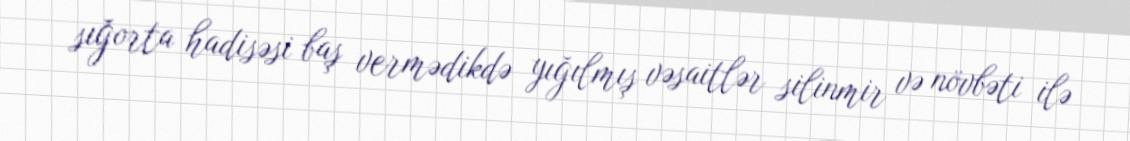
sığorta hadisəsi baş vermədikdə yığılmış vəsaitlər silinmir və növbəti ilə